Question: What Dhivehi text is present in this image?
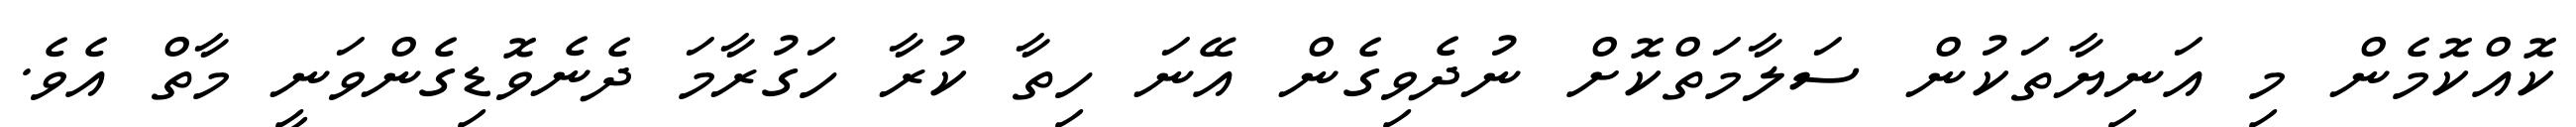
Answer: ކޮއްކޮމެން މި އަނިޔާތަކުން ސަލާމަތްކޮށް ނުދެވިގެން އޭނަ ހިތާ ކުރާ ހަގުރާމަ ދެނެވޮޑިގެންވަނީ މާތް އެވެ.